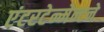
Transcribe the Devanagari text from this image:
एंटरटेन्मेन्टने